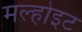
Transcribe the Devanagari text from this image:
मल्होइट